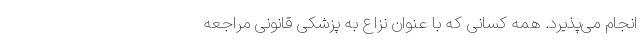
انجام می‌پذیرد. همه کسانی كه با عنوان نزاع به پزشکی قانونی مراجعه